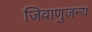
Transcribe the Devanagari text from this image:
जिवाणुजन्य